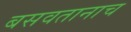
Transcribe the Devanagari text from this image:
बसवतानाच